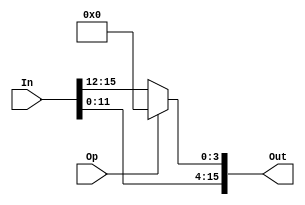
/*
    shift left/rotate left 4 bit
 */
module left_4 (In, Op, Out);
    parameter   N = 16;
    
    input [N-1:0]  In;
    input Op;
    output [N-1:0] Out;
    
    assign Out[3:0] = Op ? 4'b0 : In[15:12];
    assign Out[15:4] = In[11:0];
endmodule